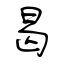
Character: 曷